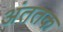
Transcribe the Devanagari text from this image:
अंततक